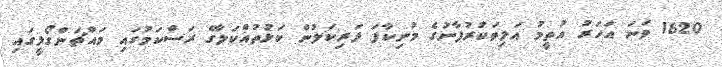
1620 ވަނަ އަހަރު އުތީމު އަލިތަކުރުފާނުގެ މުނިކާފަ ދަރިކަލުން ކަޅުތުއްކަލާގެ ރަސްކަމުގައި މައްޗަންގޯޅީގައި